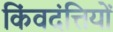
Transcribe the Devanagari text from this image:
किंवदंत्तियों